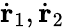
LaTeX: \dot{\mathbf{r}}_{1},\dot{\mathbf{r}}_{2}